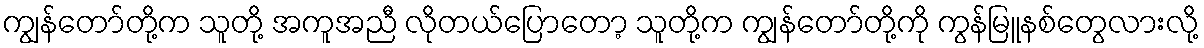
ကျွန်တော်တို့က သူတို့ အကူအညီ လိုတယ်ပြောတော့ သူတို့က ကျွန်တော်တို့ကို ကွန်မြူနစ်တွေလားလို့